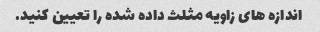
اندازه های زاویه مثلث داده شده را تعیین کنید.